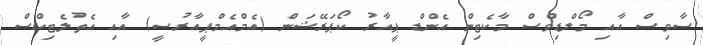
ސާވިސް އާއި މޯލްޑިވްސް މާކެޓިން އެންޑް ޕީއާރު ކޯޕަރޭޝަން (އެމްއެމްޕީއާރުސީ) އާއި އެތުލެޓިކްސް